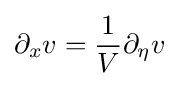
\partial _{x}v={\frac {1}{V}}\partial _{\eta }v